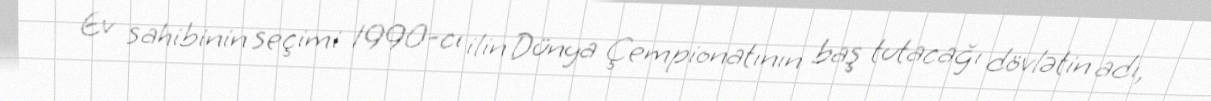
Ev sahibinin seçimi 1990-cı ilin Dünya Çempionatının baş tutacağı dövlətin adı,